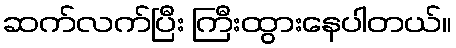
ဆက်လက်ပြီး ကြီးထွားနေပါတယ်။